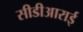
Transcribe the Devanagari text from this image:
सीडीआराई